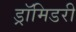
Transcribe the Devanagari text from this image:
ड्रॉमिडरी